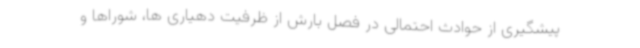
پیشگیری از حوادث احتمالی در فصل بارش از ظرفیت دهیاری ها، شوراها و